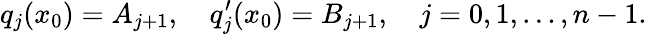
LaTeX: q_{j}(x_{0})=A_{j+1},\quad q_{j}^{\prime}(x_{0})=B_{j+1},\quad j=0,1,\ldots,n-1.